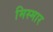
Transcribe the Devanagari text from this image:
मिस्मार